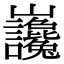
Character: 𡿣